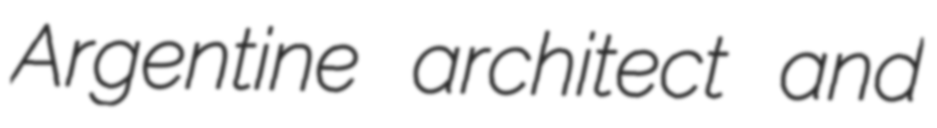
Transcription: Argentine architect and